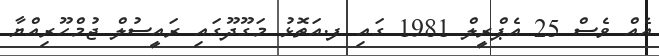
އެއް ވެސް 25 އެޕްރީލް 1981 ގައި ފ.އަތޮޅު މަގޫދޫގައި ރައީސުލް ޖުމްހޫރިއްޔާ